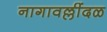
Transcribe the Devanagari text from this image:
नागावल्लींदळ